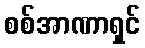
စစ်အာဏာရှင်